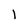
Character: l